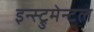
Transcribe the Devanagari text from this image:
इन्स्ट्रुमेन्टल